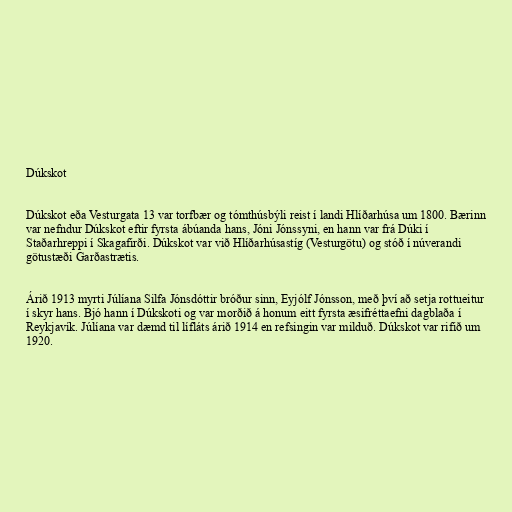
Dúkskot

Dúkskot eða Vesturgata 13 var torfbær og tómthúsbýli reist í landi Hlíðarhúsa um 1800. Bærinn
var nefndur Dúkskot eftir fyrsta ábúanda hans, Jóni Jónssyni, en hann var frá Dúki í
Staðarhreppi í Skagafirði. Dúkskot var við Hlíðarhúsastíg (Vesturgötu) og stóð í núverandi
götustæði Garðastrætis.

Árið 1913 myrti Júlíana Silfa Jónsdóttir bróður sinn, Eyjólf Jónsson, með því að setja rottueitur
í skyr hans. Bjó hann í Dúkskoti og var morðið á honum eitt fyrsta æsifréttaefni dagblaða í
Reykjavík. Júlíana var dæmd til lífláts árið 1914 en refsingin var milduð. Dúkskot var rifið um
1920.